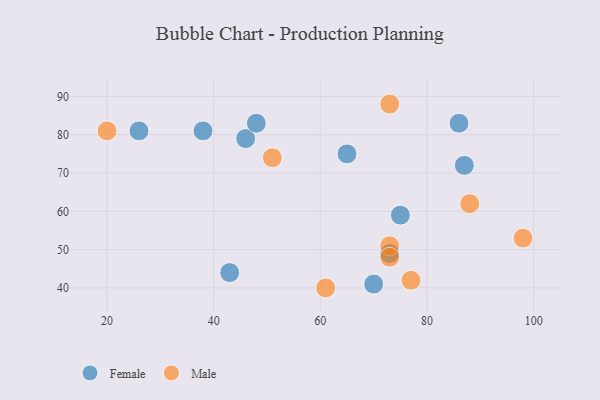
{"axis": {"x": "GDP", "y": "Life Expectancy"}, "legend": ["Female", "Male"], "data": [{"x": "70", "y": 41, "type": "Female"}, {"x": "38", "y": 81, "type": "Female"}, {"x": "26", "y": 81, "type": "Female"}, {"x": "65", "y": 75, "type": "Female"}, {"x": "86", "y": 83, "type": "Female"}, {"x": "75", "y": 59, "type": "Female"}, {"x": "46", "y": 79, "type": "Female"}, {"x": "48", "y": 83, "type": "Female"}, {"x": "43", "y": 44, "type": "Female"}, {"x": "87", "y": 72, "type": "Female"}, {"x": "73", "y": 49, "type": "Female"}, {"x": "61", "y": 40, "type": "Male"}, {"x": "73", "y": 88, "type": "Male"}, {"x": "51", "y": 74, "type": "Male"}, {"x": "77", "y": 42, "type": "Male"}, {"x": "88", "y": 62, "type": "Male"}, {"x": "73", "y": 51, "type": "Male"}, {"x": "20", "y": 81, "type": "Male"}, {"x": "98", "y": 53, "type": "Male"}, {"x": "73", "y": 48, "type": "Male"}]}